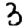
Digit: 3